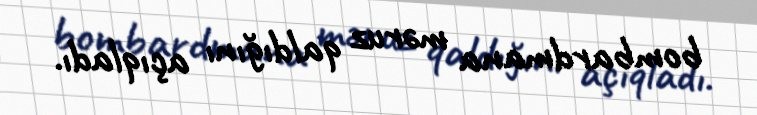
bombardmana məruz qaldığını açıqladı.